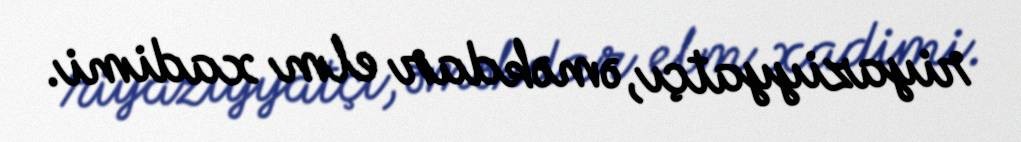
riyaziyyatçı, əməkdar elm xadimi.